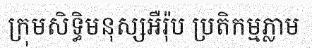
ក្រុមសិទ្ធិមនុស្សអឺរ៉ុប ប្រតិកម្មភ្លាម